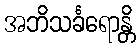
အဘိသင်္ခရောန္တိ